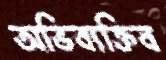
অভিব্যক্তিব